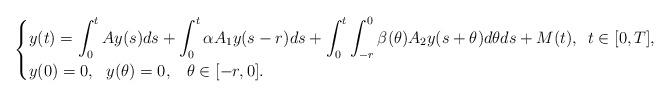
LaTeX: \begin{align*}\begin{cases}y(t)= \displaystyle\int^t_0 Ay(s)ds + \int^t_0 \alpha A_1 y(s-r)ds + \int^t_0 \int^0_{-r} \beta(\theta) A_2 y(s+\theta)d\theta ds + M(t),\,\,\, t\in [0, T],\\y(0) = 0,\,\,\,\,y(\theta) =0, \,\,\,\,\,\theta\in [-r, 0].\end{cases}\end{align*}